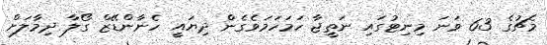
މެޗުގެ 63 ވަނަ މިނިޓުގައި ނަތީޖާ ހަމަހަމަވެގެން ދިޔައީ ހެނާންޑޭޒް ގޯލާ ދިމާލަށް